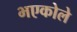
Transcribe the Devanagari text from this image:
भएकोले